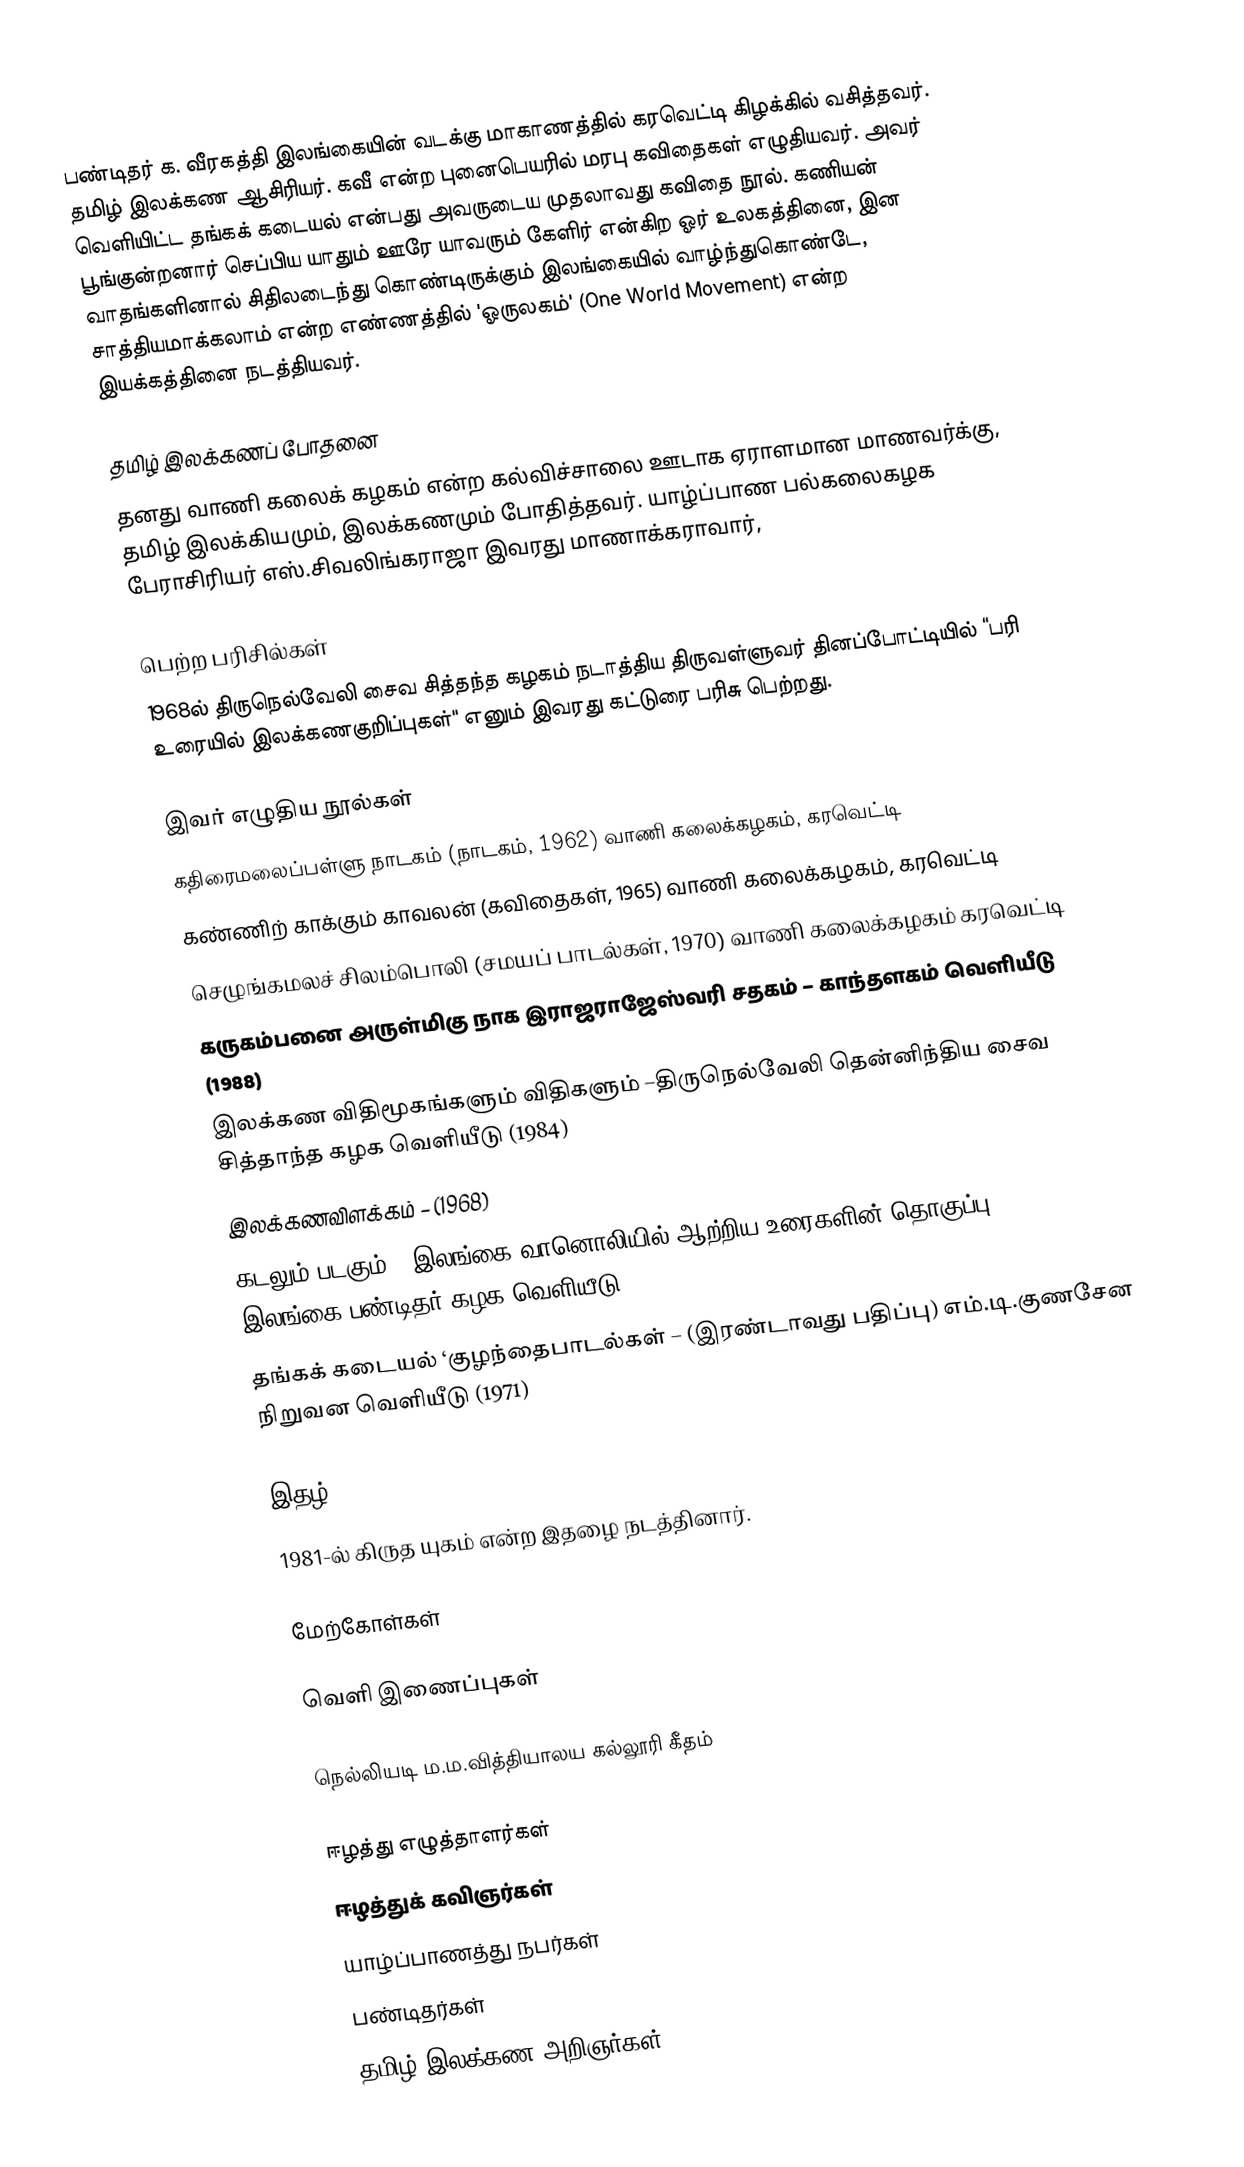
பண்டிதர் க. வீரகத்தி இலங்கையின் வடக்கு மாகாணத்தில் கரவெட்டி கிழக்கில் வசித்தவர். தமிழ் இலக்கண ஆசிரியர். கவீ என்ற புனைபெயரில் மரபு கவிதைகள் எழுதியவர். அவர் வெளியிட்ட தங்கக் கடையல் என்பது அவருடைய முதலாவது கவிதை நூல். கணியன் பூங்குன்றனார் செப்பிய யாதும் ஊரே யாவரும் கேளிர் என்கிற ஓர் உலகத்தினை, இன வாதங்களினால் சிதிலடைந்து கொண்டிருக்கும் இலங்கையில் வாழ்ந்துகொண்டே, சாத்தியமாக்கலாம் என்ற எண்ணத்தில் 'ஓருலகம்' (One World Movement) என்ற இயக்கத்தினை நடத்தியவர்.

தமிழ் இலக்கணப் போதனை
தனது வாணி கலைக் கழகம் என்ற கல்விச்சாலை ஊடாக ஏராளமான மாணவர்க்கு, தமிழ் இலக்கியமும், இலக்கணமும் போதித்தவர். யாழ்ப்பாண பல்கலைகழக பேராசிரியர் எஸ்.சிவலிங்கராஜா இவரது மாணாக்கராவார்,

பெற்ற பரிசில்கள்
 1968ல் திருநெல்வேலி சைவ சித்தந்த கழகம் நடாத்திய திருவள்ளுவர் தினப்போட்டியில் “பரி உரையில் இலக்கணகுறிப்புகள்" எனும் இவரது கட்டுரை பரிசு பெற்றது.

இவர் எழுதிய நூல்கள்
 கதிரைமலைப்பள்ளு நாடகம் (நாடகம், 1962) வாணி கலைக்கழகம், கரவெட்டி
 கண்ணிற் காக்கும் காவலன் (கவிதைகள், 1965) வாணி கலைக்கழகம், கரவெட்டி
 செழுங்கமலச் சிலம்பொலி (சமயப் பாடல்கள், 1970) வாணி கலைக்கழகம் கரவெட்டி
 கருகம்பனை அருள்மிகு நாக இராஜராஜேஸ்வரி சதகம் – காந்தளகம் வெளியீடு (1988)
 இலக்கண விதிமூகங்களும் விதிகளும் –திருநெல்வேலி தென்னிந்திய சைவ சித்தாந்த கழக வெளியீடு (1984)
 இலக்கணவிளக்கம் – (1968)
 கடலும் படகும் – இலங்கை வானொலியில் ஆற்றிய உரைகளின் தொகுப்பு    (1971)- இலங்கை பண்டிதர் கழக வெளியீடு
 தங்கக் கடையல் ‘குழந்தைபாடல்கள் – (இரண்டாவது பதிப்பு) எம்.டி.குணசேன நிறுவன வெளியீடு (1971)

இதழ்
1981-ல் கிருத யுகம் என்ற இதழை நடத்தினார்.

மேற்கோள்கள்

வெளி இணைப்புகள்

நெல்லியடி ம.ம.வித்தியாலய கல்லூரி கீதம்

ஈழத்து எழுத்தாளர்கள்
ஈழத்துக் கவிஞர்கள்
யாழ்ப்பாணத்து நபர்கள்
பண்டிதர்கள்
தமிழ் இலக்கண அறிஞர்கள்